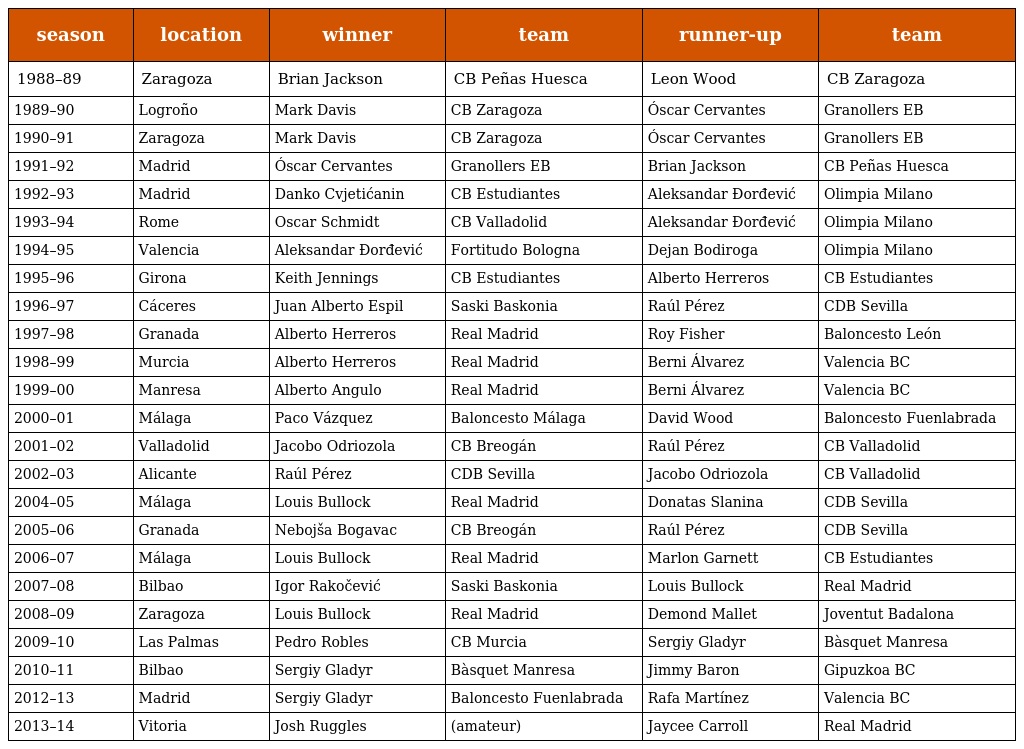
| season | location | winner | team | runner-up | team |
 | --- | --- | --- | --- | --- | --- |
 | 1988–89 | Zaragoza | Brian Jackson | CB Peñas Huesca | Leon Wood | CB Zaragoza |
 | 1989–90 | Logroño | Mark Davis | CB Zaragoza | Óscar Cervantes | Granollers EB |
 | 1990–91 | Zaragoza | Mark Davis | CB Zaragoza | Óscar Cervantes | Granollers EB |
 | 1991–92 | Madrid | Óscar Cervantes | Granollers EB | Brian Jackson | CB Peñas Huesca |
 | 1992–93 | Madrid | Danko Cvjetićanin | CB Estudiantes | Aleksandar Đorđević | Olimpia Milano |
 | 1993–94 | Rome | Oscar Schmidt | CB Valladolid | Aleksandar Đorđević | Olimpia Milano |
 | 1994–95 | Valencia | Aleksandar Đorđević | Fortitudo Bologna | Dejan Bodiroga | Olimpia Milano |
 | 1995–96 | Girona | Keith Jennings | CB Estudiantes | Alberto Herreros | CB Estudiantes |
 | 1996–97 | Cáceres | Juan Alberto Espil | Saski Baskonia | Raúl Pérez | CDB Sevilla |
 | 1997–98 | Granada | Alberto Herreros | Real Madrid | Roy Fisher | Baloncesto León |
 | 1998–99 | Murcia | Alberto Herreros | Real Madrid | Berni Álvarez | Valencia BC |
 | 1999–00 | Manresa | Alberto Angulo | Real Madrid | Berni Álvarez | Valencia BC |
 | 2000–01 | Málaga | Paco Vázquez | Baloncesto Málaga | David Wood | Baloncesto Fuenlabrada |
 | 2001–02 | Valladolid | Jacobo Odriozola | CB Breogán | Raúl Pérez | CB Valladolid |
 | 2002–03 | Alicante | Raúl Pérez | CDB Sevilla | Jacobo Odriozola | CB Valladolid |
 | 2004–05 | Málaga | Louis Bullock | Real Madrid | Donatas Slanina | CDB Sevilla |
 | 2005–06 | Granada | Nebojša Bogavac | CB Breogán | Raúl Pérez | CDB Sevilla |
 | 2006–07 | Málaga | Louis Bullock | Real Madrid | Marlon Garnett | CB Estudiantes |
 | 2007–08 | Bilbao | Igor Rakočević | Saski Baskonia | Louis Bullock | Real Madrid |
 | 2008–09 | Zaragoza | Louis Bullock | Real Madrid | Demond Mallet | Joventut Badalona |
 | 2009–10 | Las Palmas | Pedro Robles | CB Murcia | Sergiy Gladyr | Bàsquet Manresa |
 | 2010–11 | Bilbao | Sergiy Gladyr | Bàsquet Manresa | Jimmy Baron | Gipuzkoa BC |
 | 2012–13 | Madrid | Sergiy Gladyr | Baloncesto Fuenlabrada | Rafa Martínez | Valencia BC |
 | 2013–14 | Vitoria | Josh Ruggles | (amateur) | Jaycee Carroll | Real Madrid |